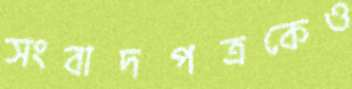
সংবাদপত্রকেও